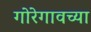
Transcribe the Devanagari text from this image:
गोरेगावच्या